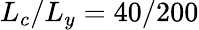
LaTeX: L_{c}/L_{y}=40/200